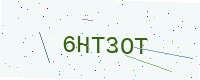
Text: 6HT3OT